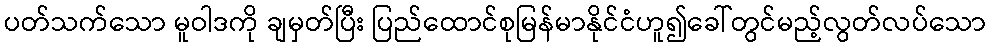
ပတ်သက်သော မူဝါဒကို ချမှတ်ပြီး ပြည်ထောင်စုမြန်မာနိုင်ငံဟူ၍ခေါ်တွင်မည့်လွတ်လပ်သော